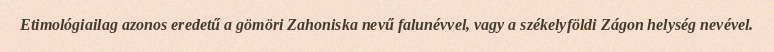
Etimológiailag azonos eredetű a gömöri Zahoniska nevű falunévvel, vagy a székelyföldi Zágon helység nevével.